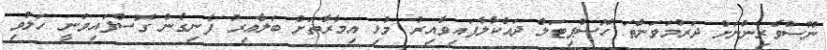
ނޫސްވެރިންނަށް ދަރުމަވަންތަ ހޮސްޕިޓަލް ދައްކާލާފައިވާއިރު މުޅި އިމާރާތަށް ބަލާއިރު ފެނިގެން ގޮސްފައިވަނީ ހަލުވި